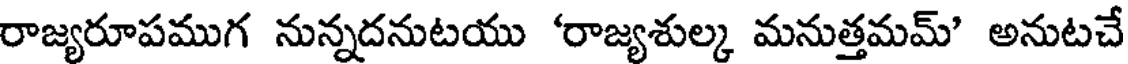
రాజ్యరూపముగ నున్నదనుటయు 'రాజ్యశుల్క మనుత్తమమ్' అనుటచే